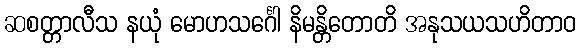
ဆစတ္တာလီသ နယုံ မောဟသင်္ဂေါ နိမန္တိတောတိ အနုသယသဟိတာဝ